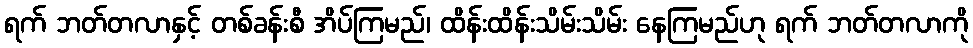
ရက် ဘတ်တလာနှင့် တစ်ခန်းစီ အိပ်ကြမည်၊ ထိန်းထိန်းသိမ်းသိမ်း နေကြမည်ဟု ရက် ဘတ်တလာကို